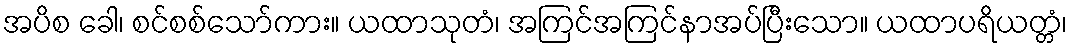
အပိစ ခေါ၊ စင်စစ်သော်ကား။ ယထာသုတံ၊ အကြင်အကြင်နာအပ်ပြီးသော။ ယထာပရိယတ္တံ၊